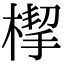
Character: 㮮